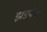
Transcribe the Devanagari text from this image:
झडपेने